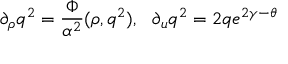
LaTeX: \partial _ { \rho } q ^ { 2 } = { \frac { \Phi } { \alpha ^ { 2 } } } ( \rho , q ^ { 2 } ) , \ \ \partial _ { u } q ^ { 2 } = 2 q e ^ { 2 \gamma - \theta }